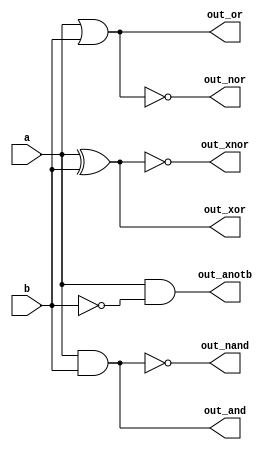
module top_module( 
    input a, b,
    output out_and,
    output out_or,
    output out_xor,
    output out_nand,
    output out_nor,
    output out_xnor,
    output out_anotb
);
    wire x;
    and(out_and,a,b);
    or(out_or,a,b);
    xor(out_xor,a,b);
    nand(out_nand,a,b);
    nor(out_nor,a,b);
    xnor(out_xnor,a,b);
    not(x,b);
    and(out_anotb,a,x);
endmodule